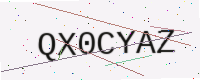
Text: QX0CYAZ